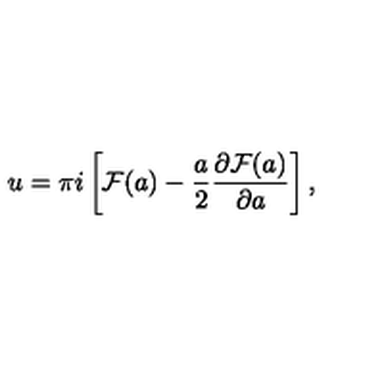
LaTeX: u = \pi i \left[ { \cal F } ( a ) - { \frac { a } { 2 } } { \frac { \partial { \cal F } ( a ) } { \partial a } } \right] ,